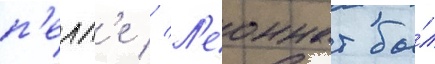
п'елл'е // Л'еоннат бы́л